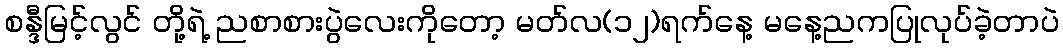
စန္ဒီမြင့်လွင် တို့ရဲ့ ညစာစားပွဲလေးကိုတော့ မတ်လ(၁၂)ရက်နေ့ မနေ့ညကပြုလုပ်ခဲ့တာပဲ